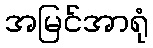
အမြင်အာရုံ